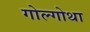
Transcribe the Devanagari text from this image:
गोल्गोथा